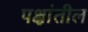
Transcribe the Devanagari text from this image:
पक्षांतील